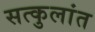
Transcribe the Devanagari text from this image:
सत्कुलांत